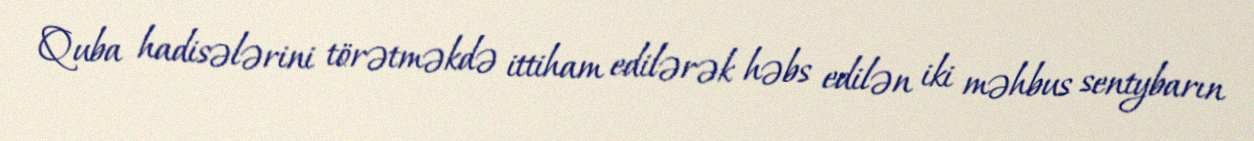
Quba hadisələrini törətməkdə ittiham edilərək həbs edilən iki məhbus sentybarın